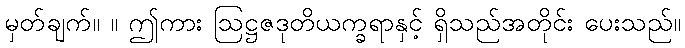
မှတ်ချက်။ ။ ဤကား ဩဋ္ဌဇဒုတိယက္ခရာနှင့် ရှိသည်အတိုင်း ပေးသည်။